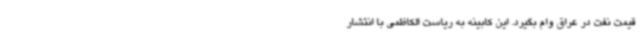
قیمت نفت در عراق وام بگیرد. این کابینه به ریاست الکاظمی با انتشار